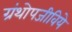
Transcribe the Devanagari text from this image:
ग्रंथोपजीविये